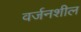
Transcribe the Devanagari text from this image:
वर्जनशील